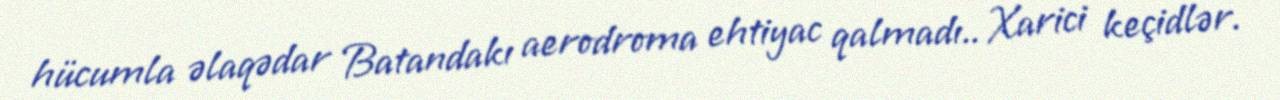
hücumla əlaqədar Batandakı aerodroma ehtiyac qalmadı.. Xarici keçidlər.